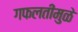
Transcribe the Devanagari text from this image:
गफलतींमुळे